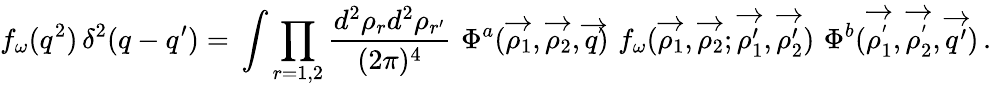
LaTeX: f_{\omega}(q^{2})\, \delta^{2}(q-q^{\prime})=\, \int\prod_{r=1,2}\frac{d^{2}\rho_{r}d^{2}\rho_{r^{\prime}}}{(2\pi)^{4}}\, \, \Phi^{a}(\overrightarrow{\rho_{1}},\overrightarrow{\rho_{2}},\overrightarrow{q})\, \, f_{\omega}(\overrightarrow{\rho_{1}},\overrightarrow{\rho_{2}};\overrightarrow{\rho_{1}^{\prime}},\overrightarrow{\rho_{2}^{\prime}})\, \, \Phi^{b}(\overrightarrow{\rho_{1}^{^{\prime}}},\overrightarrow{\rho_{2}^{^{\prime}}},\overrightarrow{q^{\prime}})\, .